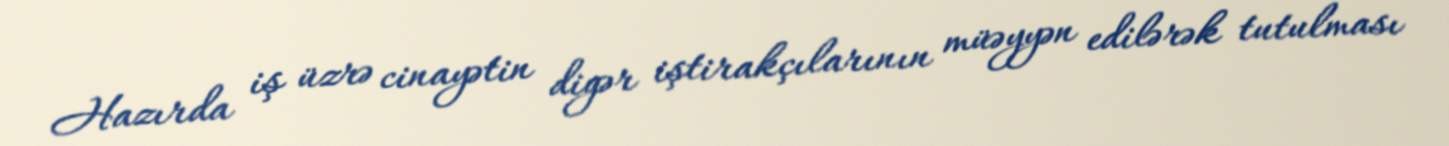
Hazırda iş üzrə cinayətin digər iştirakçılarının müəyyən edilərək tutulması